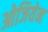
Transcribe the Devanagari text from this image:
ओजियेन